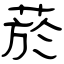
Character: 菸